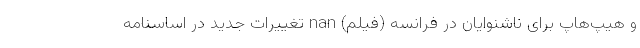
و هیپ‌هاپ برای ناشنوایان در فرانسه (فیلم) nan تغییرات جدید در اساسنامه